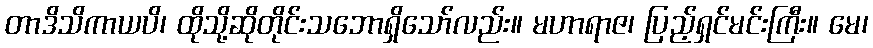
တာဒိသိကာယပိ၊ ထိုသို့ဆိုတိုင်းသဘောရှိသော်လည်း။ မဟာရာဇ၊ ပြည့်ရှင်မင်းကြီး။ မေ၊